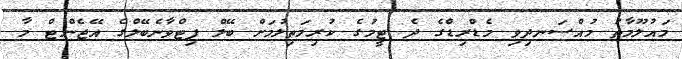
މައުލޫމާތު މުއްސަނދިވި މެޑްރިޑްގެ ދެ ޓީމުގެ ކުރިމަތިލުމަށް ބޭލް ފިޓްވާނެބޭލްގެ އޭޖެންޓް މާ